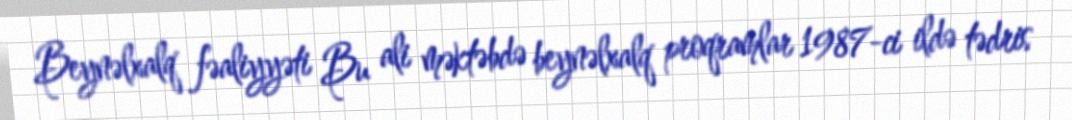
Beynəlxalq fəaliyyəti Bu ali məktəbdə beynəlxalq proqramlar 1987-ci ildə tədris